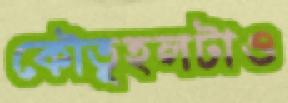
কৌতূহলটাও